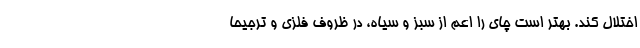
اختلال کند. بهتر است چای را اعم از سبز و سیاه، در ظروف فلزی و ترجیحا